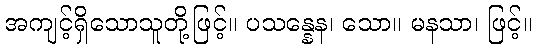
အကျင့်ရှိသောသူတို့ဖြင့်။ ပသန္နေန၊ သော။ မနသာ၊ ဖြင့်။